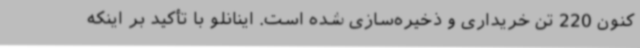
کنون 220 تن خریداری و ذخیره‌سازی شده است. اینانلو با تأکید بر اینکه